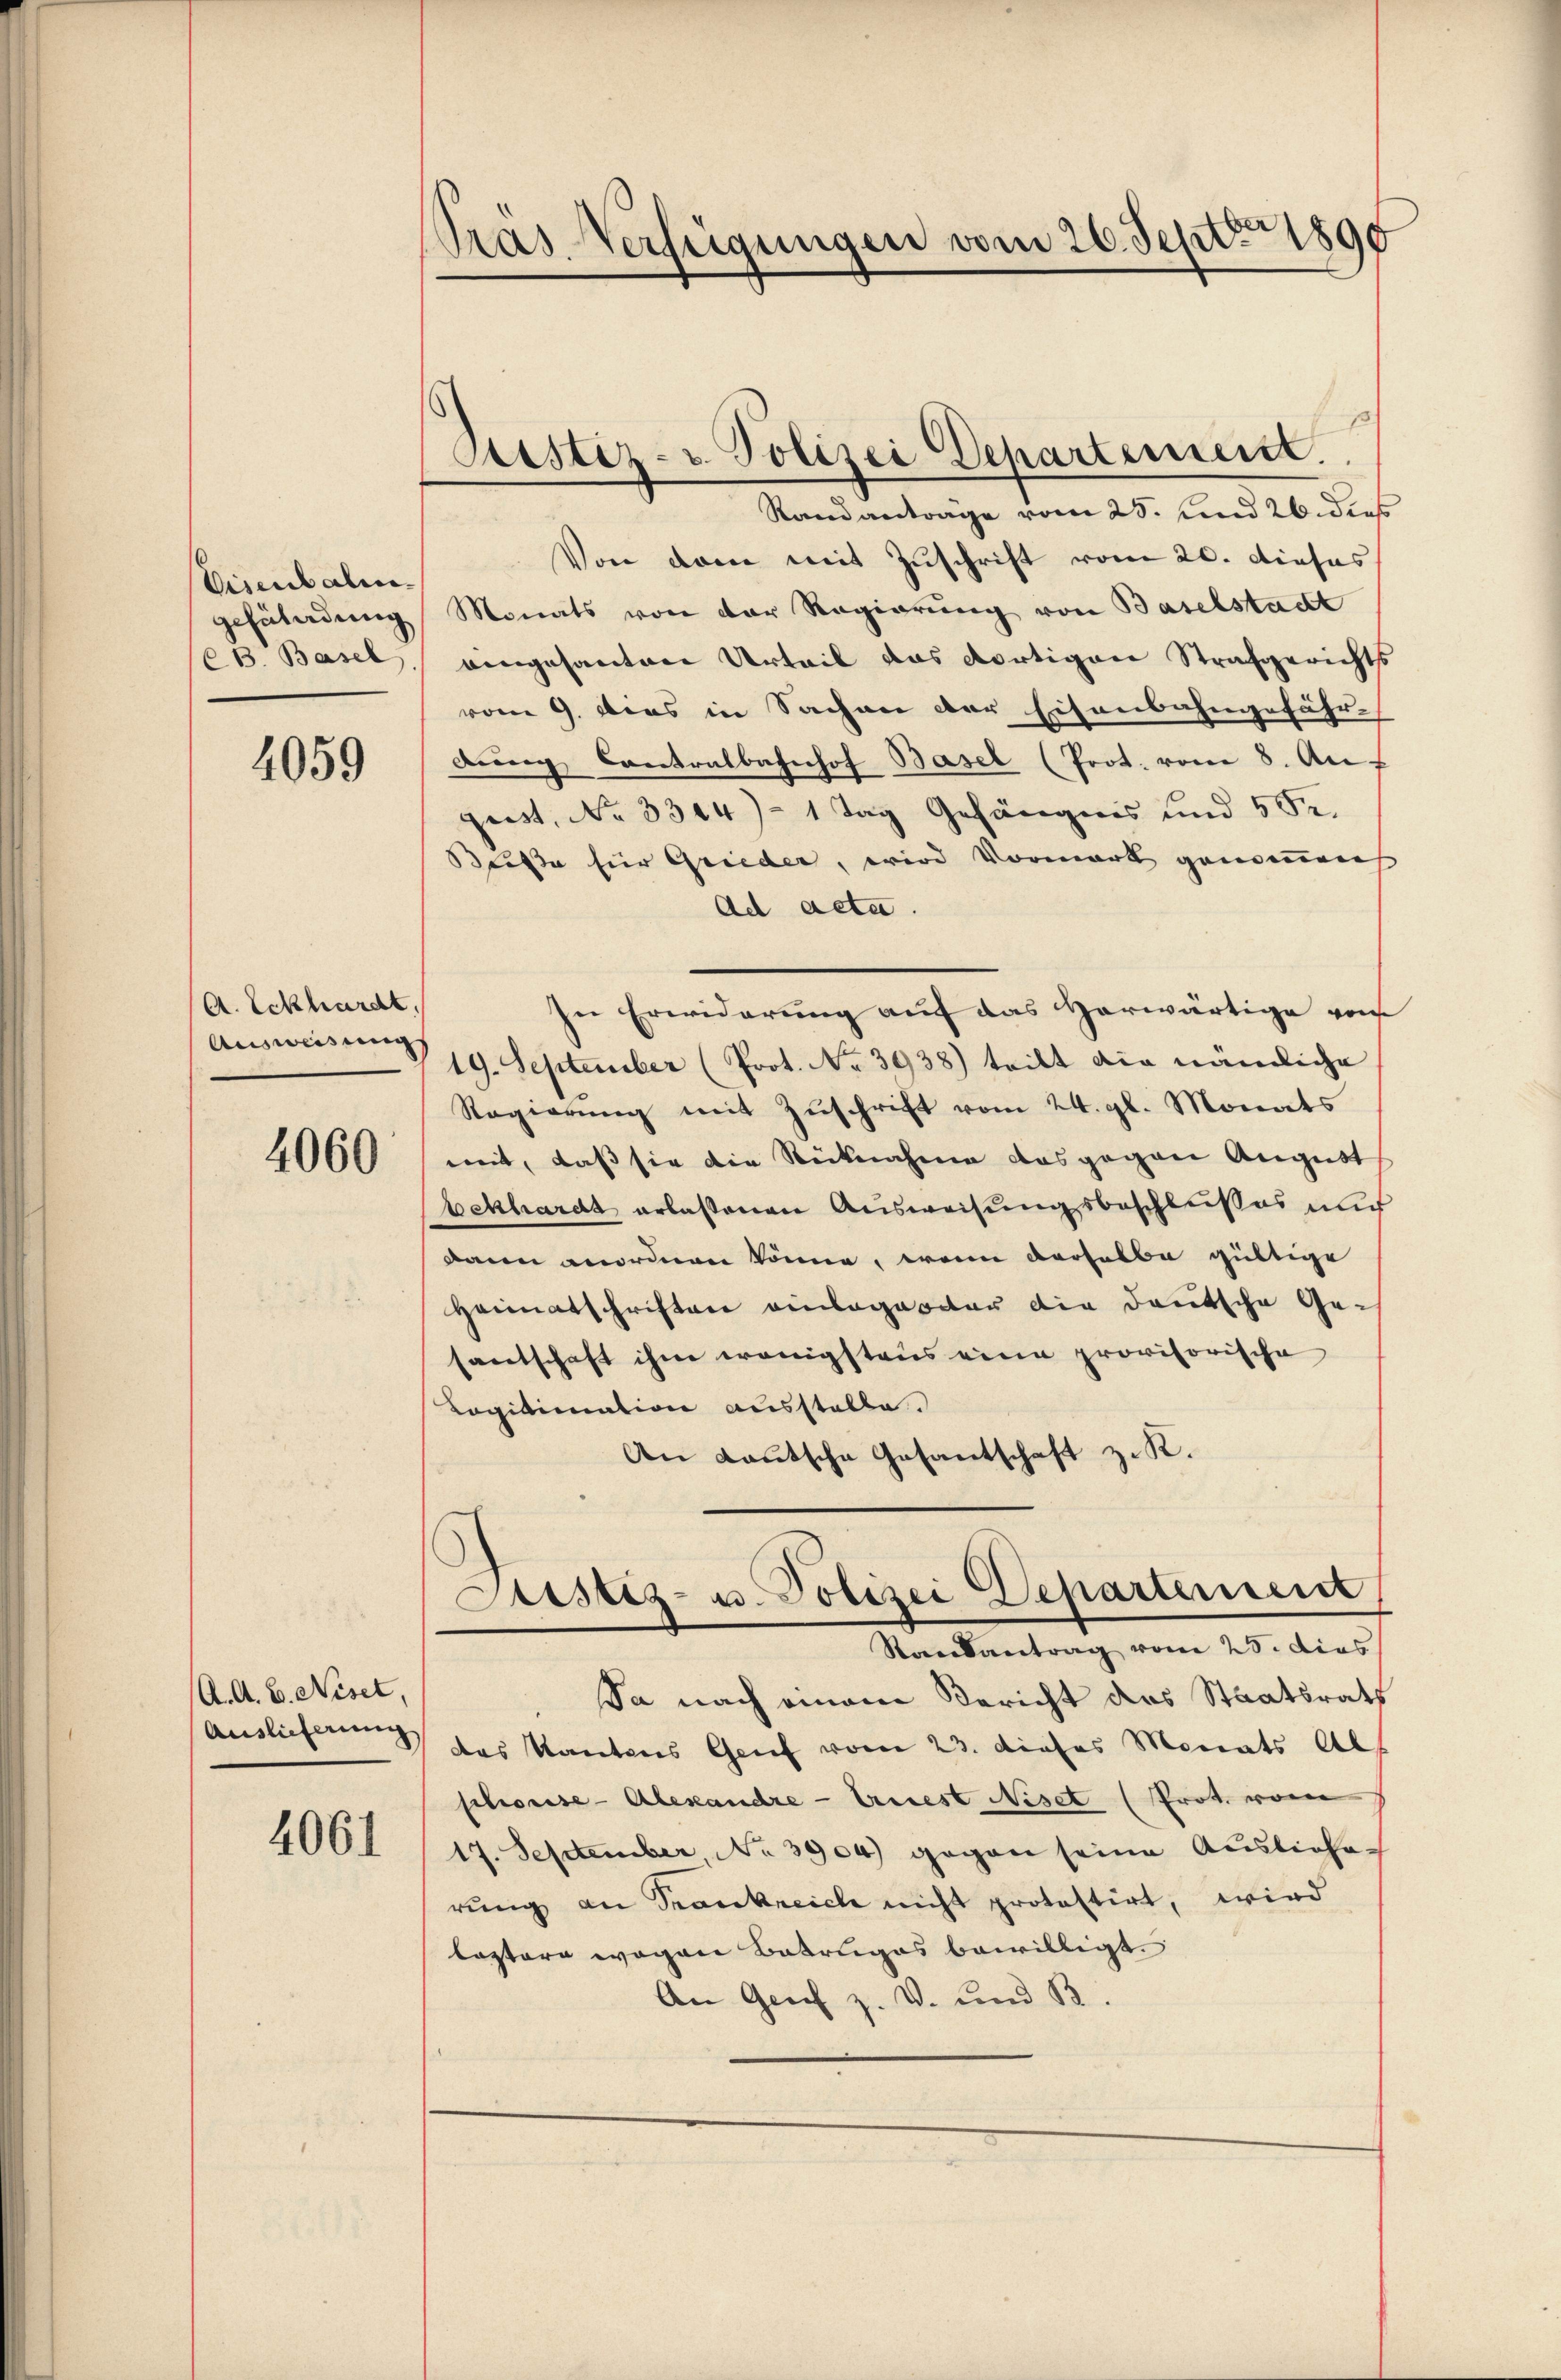
Visenbalen.
gefüladung
CB. Basel.

4059

A. Eckhardt,
Ausweisung

4060

A. A. B. Niset,
Auslicherung

4061

Pras Verfügungen vom 26. Sept. 1890

Justiz- u. Polizei Departement.

Randantrage vom 25. und 26. dies
Von dem mit Zuschrift vom 20. dieses
Monats von der Regierung von Baselstadt
eingesanten Urteil das dortigen Strafgerichts
vom 9. dies in Sachen der Eisenbahngefähr-
dŭng Contralbahnhof Basel (Prot. vom 8. Au
gust, No 3344)- 1 Tag Gefängnis und 582.
Blosse für Grieder, wird Vormark genommen
Ad acta.
In Erwiderung auf das Herwärtige von
19. September (Prot. No 3938) teilt die nämliche
Regierung mit Zuschrift vom 24. gl. Monats
mit, daß sie die Rücknahme das gegen August
bekhardt erlassenen Ausweisungsbeschlusses nur
dann anordnen könne, wenn derselbe gültige
Heimatschriften einlagester die deutsche Gesantschaft ihm wenigstens eine provisorische
Legitimation ausstelle.
An Lautsche Gesantschaft z. K.

das Kantons Genf vom 23. dieses Monats Al
schorise- Alexandre-Ernest Niset (Prot. vom
17. September No 3904) gegen seine Auslicherung an Krankreich nicht protestirt, wird
lastere wegen Betruges bewilligt.
An Genf z. V. und B

Justiz- u. Polizei Departement
Randsantrag vom 25. dies
Ja nach einem Bericht das Staatsrath